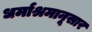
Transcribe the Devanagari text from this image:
धर्माश्रमानूसार